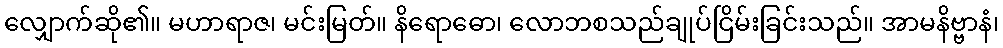
လျှောက်ဆို၏။ မဟာရာဇ၊ မင်းမြတ်။ နိရောဓော၊ လောဘစသည်ချုပ်ငြိမ်းခြင်းသည်။ အာမနိဗ္ဗာနံ၊